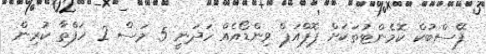
ފޭސްބުކް ކޮމެންޓުތަކަށް ޕޮޕްއަޕް ވިންޑޯއެއް ހަދަނީ 5 މަސް 2 ހަފްތާ ކުރިން